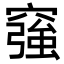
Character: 𥨀